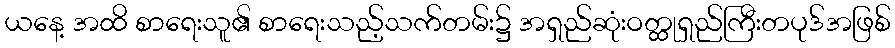
ယနေ့ အထိ စာရေးသူ၏ စာရေးသည့်သက်တမ်း၌ အရှည်ဆုံးဝတ္ထုရှည်ကြီးတပုဒ်အဖြစ်